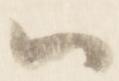
ハ